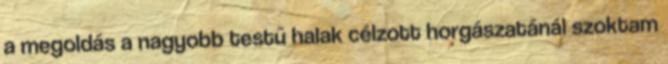
a megoldás a nagyobb testű halak célzott horgászatánál szoktam